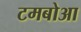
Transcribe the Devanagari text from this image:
टमबोआ